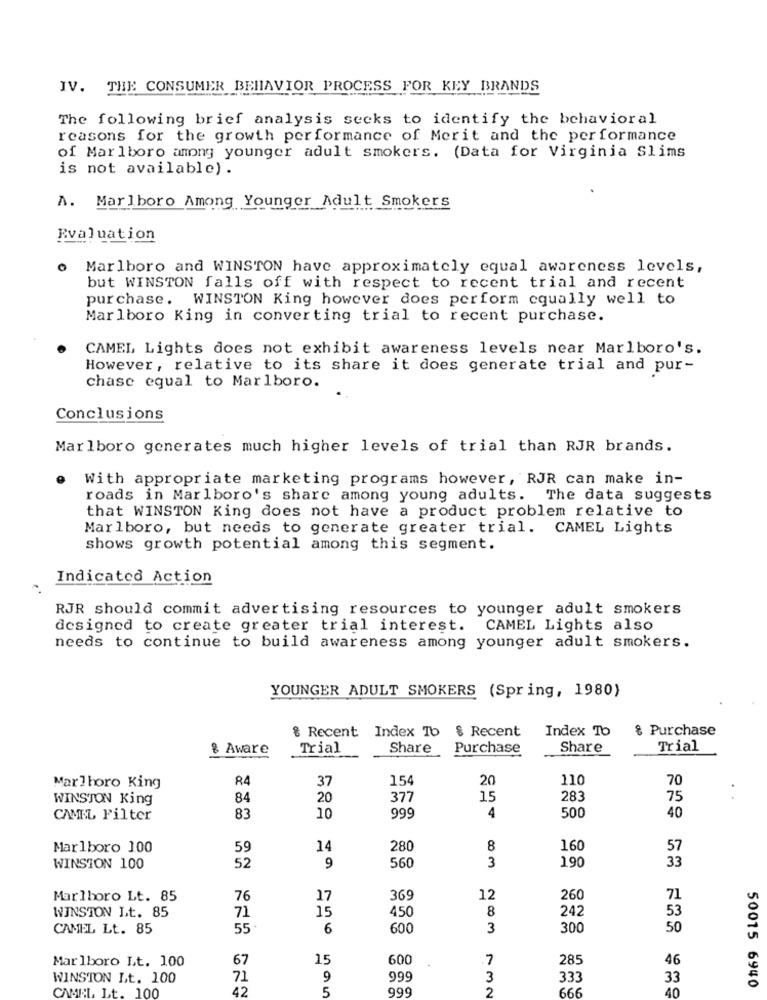
IV. THE CONSUMER BEHAVIOR PROCESS FOR KEY BRANDS
The following brief analysis seeks to identify the behavioral
reasons for the growth performance of Merit and the performance
of Marlboro among younger adult smokers. (Data for Virginia Slims
is not available) .
A. Marlboro Among Younger Adult Smokers
Evaluation
o Marlboro and WINSTON have approximately equal awareness levels,
but WINSTON falls off with respect to recent trial and recent
purchase. WINSTON King however does perform equally well to
Marlboro King in converting trial to recent purchase.
CAMEL Lights does not exhibit awareness levels near Marlboro's.
However, relative to its share it does generate trial and pur-
chase equal to Marlboro.
Conclusions
Marlboro generates much higher levels of trial than RJR brands.
With appropriate marketing programs however, RJR can make in-
roads in Marlboro's share among young adults. The data suggests
that WINSTON King does not have a product problem relative to
Marlboro, but needs to generate greater trial. CAMEL Lights
shows growth potential among this segment.
Indicated Action
RJR should commit advertising resources to younger adult smokers
designed to create greater trial interest. CAMEL Lights also
needs to continue to build awareness among younger adult smokers.
YOUNGER ADULT SMOKERS (Spring, 1980)
& Recent Index To
& Recent
Index To
8 Purchase
& Aware
Trial
Share Purchase
Share
Trial
84
154
20
110
70
Marlboro King
37
WINSTON King
84
20
377
15
283
75
..
999
500
CAMEL Filter
83
10
4
40
Marlboro 100
59
14
280
8
160
57
33
WINSTON 100
52
9
560
3
190
Marlboro Lt. 85
76
17
369
12
260
71
71
15
450
8
242
WINSTON Lt. 85
53
CAMEL Lt. 85
55.
6
600
3
300
50
Marlboro Lt. 100
67
15
600
7
285
46
WINSTON Lt. 100
71
9
999
3
333
999
33
50015 6940
CAMEL Lt. 100
5
999
2
40